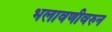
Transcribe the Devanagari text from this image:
भलावणीवरुन